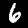
Label: 6